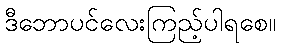
ဒီဘောပင်လေးကြည့်ပါရစေ။